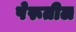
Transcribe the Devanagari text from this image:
पेरूतील